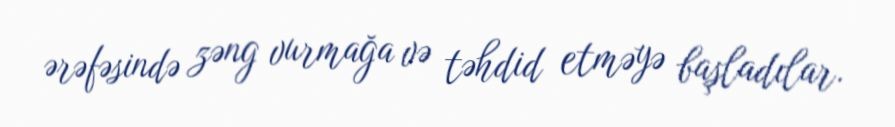
ərəfəsində zəng vurmağa və təhdid etməyə başladılar.